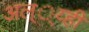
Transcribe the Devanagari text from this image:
अल््य्ही